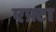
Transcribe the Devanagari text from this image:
एफ़्टा